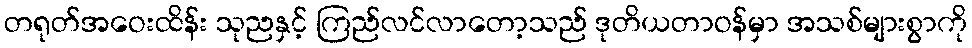
တရုတ်အဝေးထိန်း သုညနှင့် ကြည်လင်လာတော့သည် ဒုတိယတာဝန်မှာ အသစ်များစွာကို